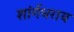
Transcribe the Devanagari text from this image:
शांर्गधराय